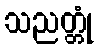
သညတ္တုံ